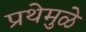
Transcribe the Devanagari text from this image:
प्रथेमुळे